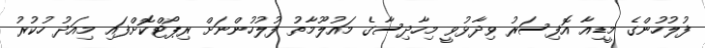
ފުލުހުންގެ މީޑިއާ އޮފިސަރު ވިދާޅުވީ މިހާދިސާގެ މައުލޫމާތު ފުލުހުންނަށް ރިޕޯޓްކޮށްފައި މިއަދު ހުކުރު